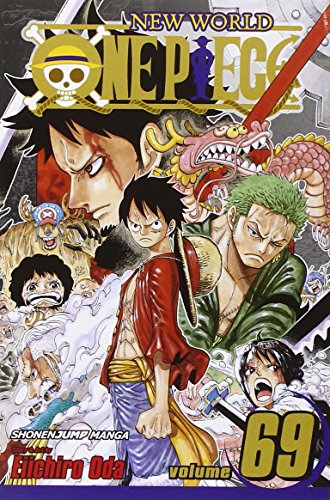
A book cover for One Piece, Vol. 69; Eiichiro Oda; Teen & Young Adult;